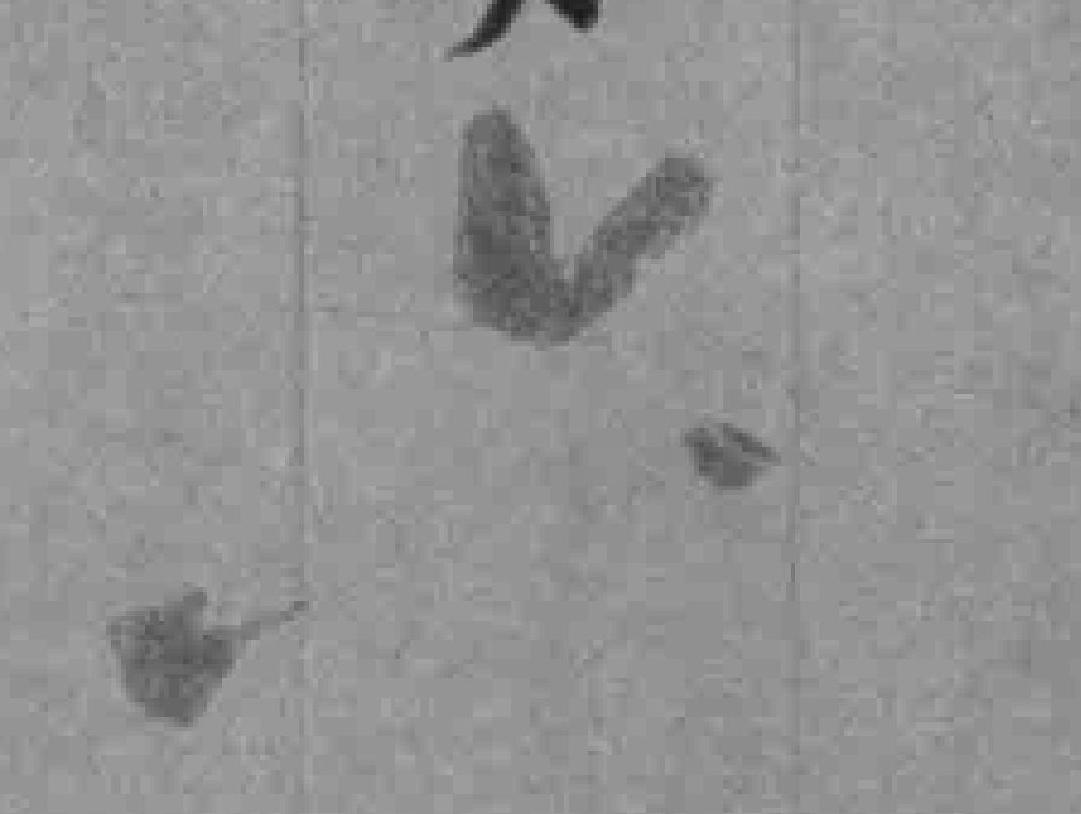
六